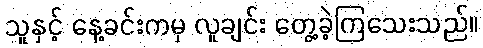
သူနှင့် နေ့ခင်းကမှ လူချင်း တွေ့ခဲ့ကြသေးသည်။